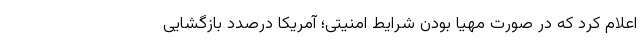
اعلام کرد که در صورت مهیا بودن شرایط امنیتی؛ آمریکا درصدد بازگشایی